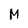
Character: M